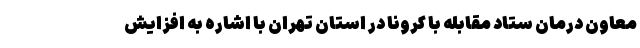
معاون درمان ستاد مقابله با کرونا در استان تهران با اشاره به افزایش